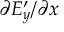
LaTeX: \partial E _ { y } ^ { \prime } / \partial x